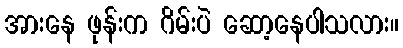
အားနေ ဖုန်းက ဂိမ်းပဲ ဆော့နေပါသလား။